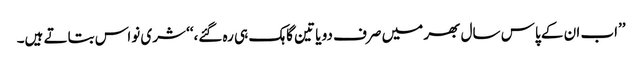
’’اب ان کے پاس سال بھر میں صرف دو یا تین گاہک ہی رہ گئے،‘‘ شری نواس بتاتے ہیں۔